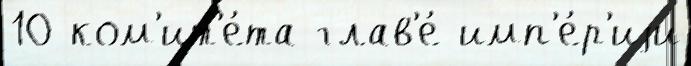
10 ком'ит'е́та глав'е́ имп'е́р'иjи